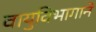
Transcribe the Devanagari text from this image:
वायुविभागाने